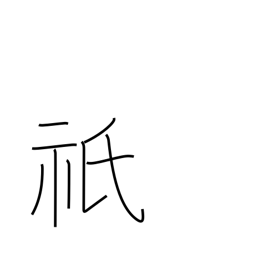
Meaning: great